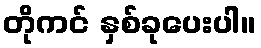
တိုကင် နှစ်ခုပေးပါ။